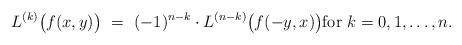
LaTeX: \begin{align*} L^{(k)}\bigl(f(x,y)\bigr) \,\,=\,\, (-1)^{n-k} \cdot L^{(n-k)} \bigl(f(-y,x)\bigr)\hbox{for $k=0,1,\ldots,n$}.\end{align*}